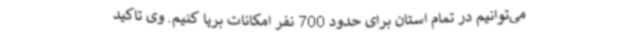
می‌توانیم در تمام استان برای حدود 700 نفر امکانات برپا کنیم. وی تاکید